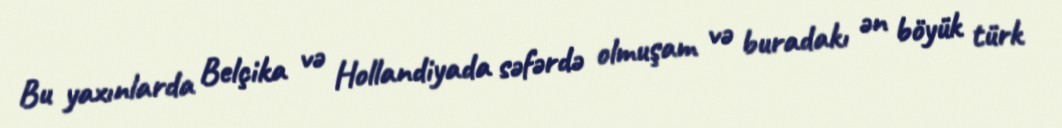
Bu yaxınlarda Belçika və Hollandiyada səfərdə olmuşam və buradakı ən böyük türk